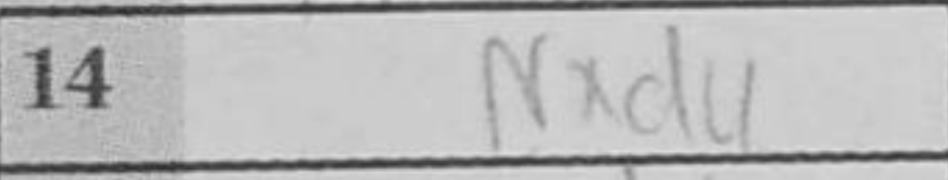
Transcription: Nxd4